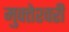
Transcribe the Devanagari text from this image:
मुक्‍तेश्‍वरी